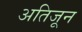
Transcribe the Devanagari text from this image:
अतिजून